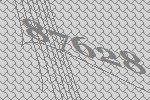
87628